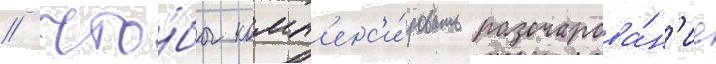
/ что́бы комп'енс'и́ровать разочарова́н'ие